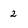
Character: 2